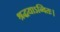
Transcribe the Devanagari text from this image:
श्रद्धयाऽन्वितः।